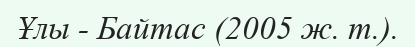
Ұлы - Байтас (2005 ж. т.).